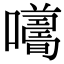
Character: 𡃮